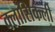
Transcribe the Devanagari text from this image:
क्लासिकली